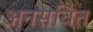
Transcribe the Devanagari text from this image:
अनसवित